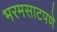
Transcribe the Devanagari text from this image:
भरमसाटपणे